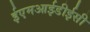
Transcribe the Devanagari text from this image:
ईएमआईडीईसी